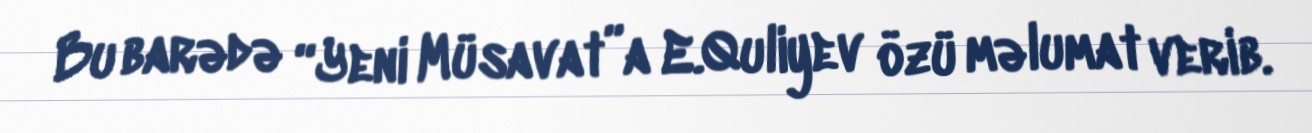
Bu barədə “Yeni Müsavat”a E.Quliyev özü məlumat verib.